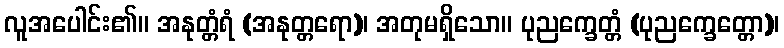
လူအပေါင်း၏။ အနုတ္တံရံ (အနုတ္တရော)၊ အတုမရှိသော။ ပုညက္ခေတ္တံ (ပုညက္ခေတ္တော)၊